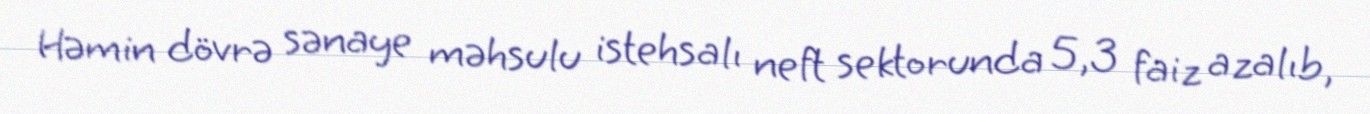
Həmin dövrə sənaye məhsulu istehsalı neft sektorunda 5,3 faiz azalıb,